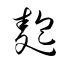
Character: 麭